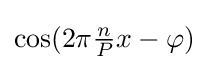
\cos(2\pi {\tfrac {n}{P}}x-\varphi )